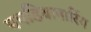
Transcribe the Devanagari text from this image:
पपडियानारिंग